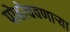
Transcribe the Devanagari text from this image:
पोहोचवणार्‍या